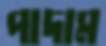
পাদাম